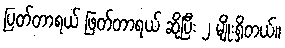
ပြတ်တာရယ် ဖြတ်တာရယ် ဆိုပြီး ၂ မျိုးရှိတယ်။